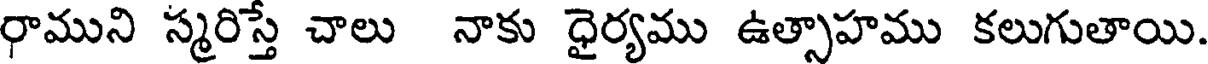
రాముని స్మరిస్తే చాలు నాకు ధైర్యము ఉత్సాహము కలుగుతాయి.